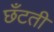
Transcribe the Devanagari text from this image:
छँटती